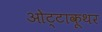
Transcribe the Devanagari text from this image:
ओट्टाकूथर